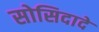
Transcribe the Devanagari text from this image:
सोसिदादे